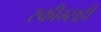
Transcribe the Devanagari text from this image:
स्कीम्सही